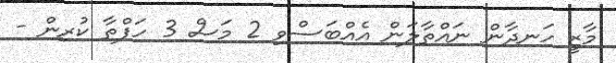
މާޒީ ހަނދާން ނައްތާލަން އެއްބަސްވި 2 މަސް 3 ހަފްތާ ކުރިން -